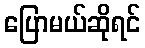
ပြောမယ်ဆိုရင်